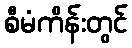
စီမံကိန်းတွင်